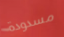
مسدودة